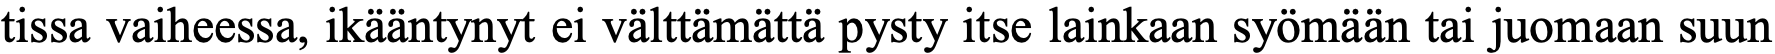
tissa vaiheessa, ikääntynyt ei välttämättä pysty itse lainkaan syömään tai juomaan suun